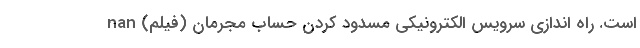
است. راه اندازی سرویس الکترونیکی مسدود کردن حساب مجرمان (فیلم) nan